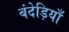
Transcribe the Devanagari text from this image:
बंदेड़ियाँ